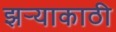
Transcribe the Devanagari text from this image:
झर्‍याकाठी